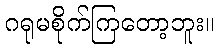
ဂရုမစိုက်ကြတော့ဘူး။